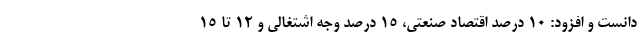
دانست و افزود: ۱۰ درصد اقتصاد صنعتی، ۱۵ درصد وجه اشتغالی و ۱۲ تا ۱۵